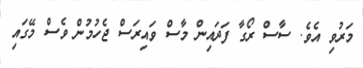
މަރުވި އެވެ. ސާސް ރޯގާ ފަދައިން މާސް ވައިރަސް ޖެހުމުން ވެސް މޭގައި